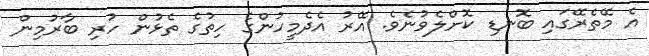
އެ މޭތެރޭގައި ބޮނޑި ކޮށްލެވުނެވެ. އޭރު އެދެމީހުންގެ ހިތުގެ ތެޅުން ހުރި ބާރުމިން